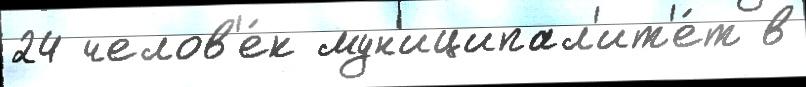
24 челов'е́к мун'иципал'ит'е́т в